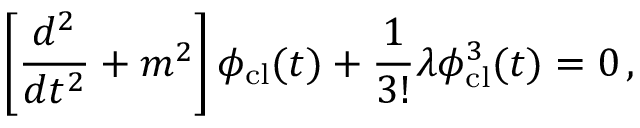
\left[ { \frac { d ^ { 2 } } { d t ^ { 2 } } } + m ^ { 2 } \right] \phi _ { \mathrm { c l } } ( t ) + { \frac { 1 } { 3 ! } } \lambda \phi _ { \mathrm { c l } } ^ { 3 } ( t ) = 0 \, ,